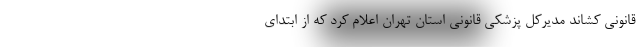
قانونی کشاند مدیرکل پزشکی قانونی استان تهران اعلام کرد که از ابتدای